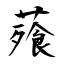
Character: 薞